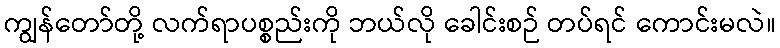
ကျွန်တော်တို့ လက်ရာပစ္စည်းကို ဘယ်လို ခေါင်းစဉ် တပ်ရင် ကောင်းမလဲ။